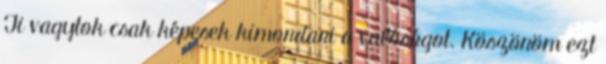
Ti vagytok csak képesek kimondani a valóságot. Köszönöm ezt